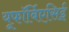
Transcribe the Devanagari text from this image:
यूफॉर्बिएसिई